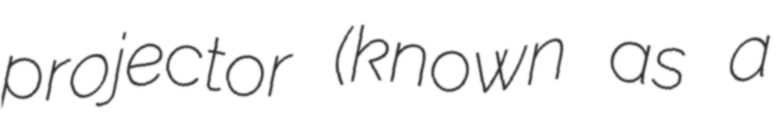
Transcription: projector (known as a